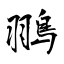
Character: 翵